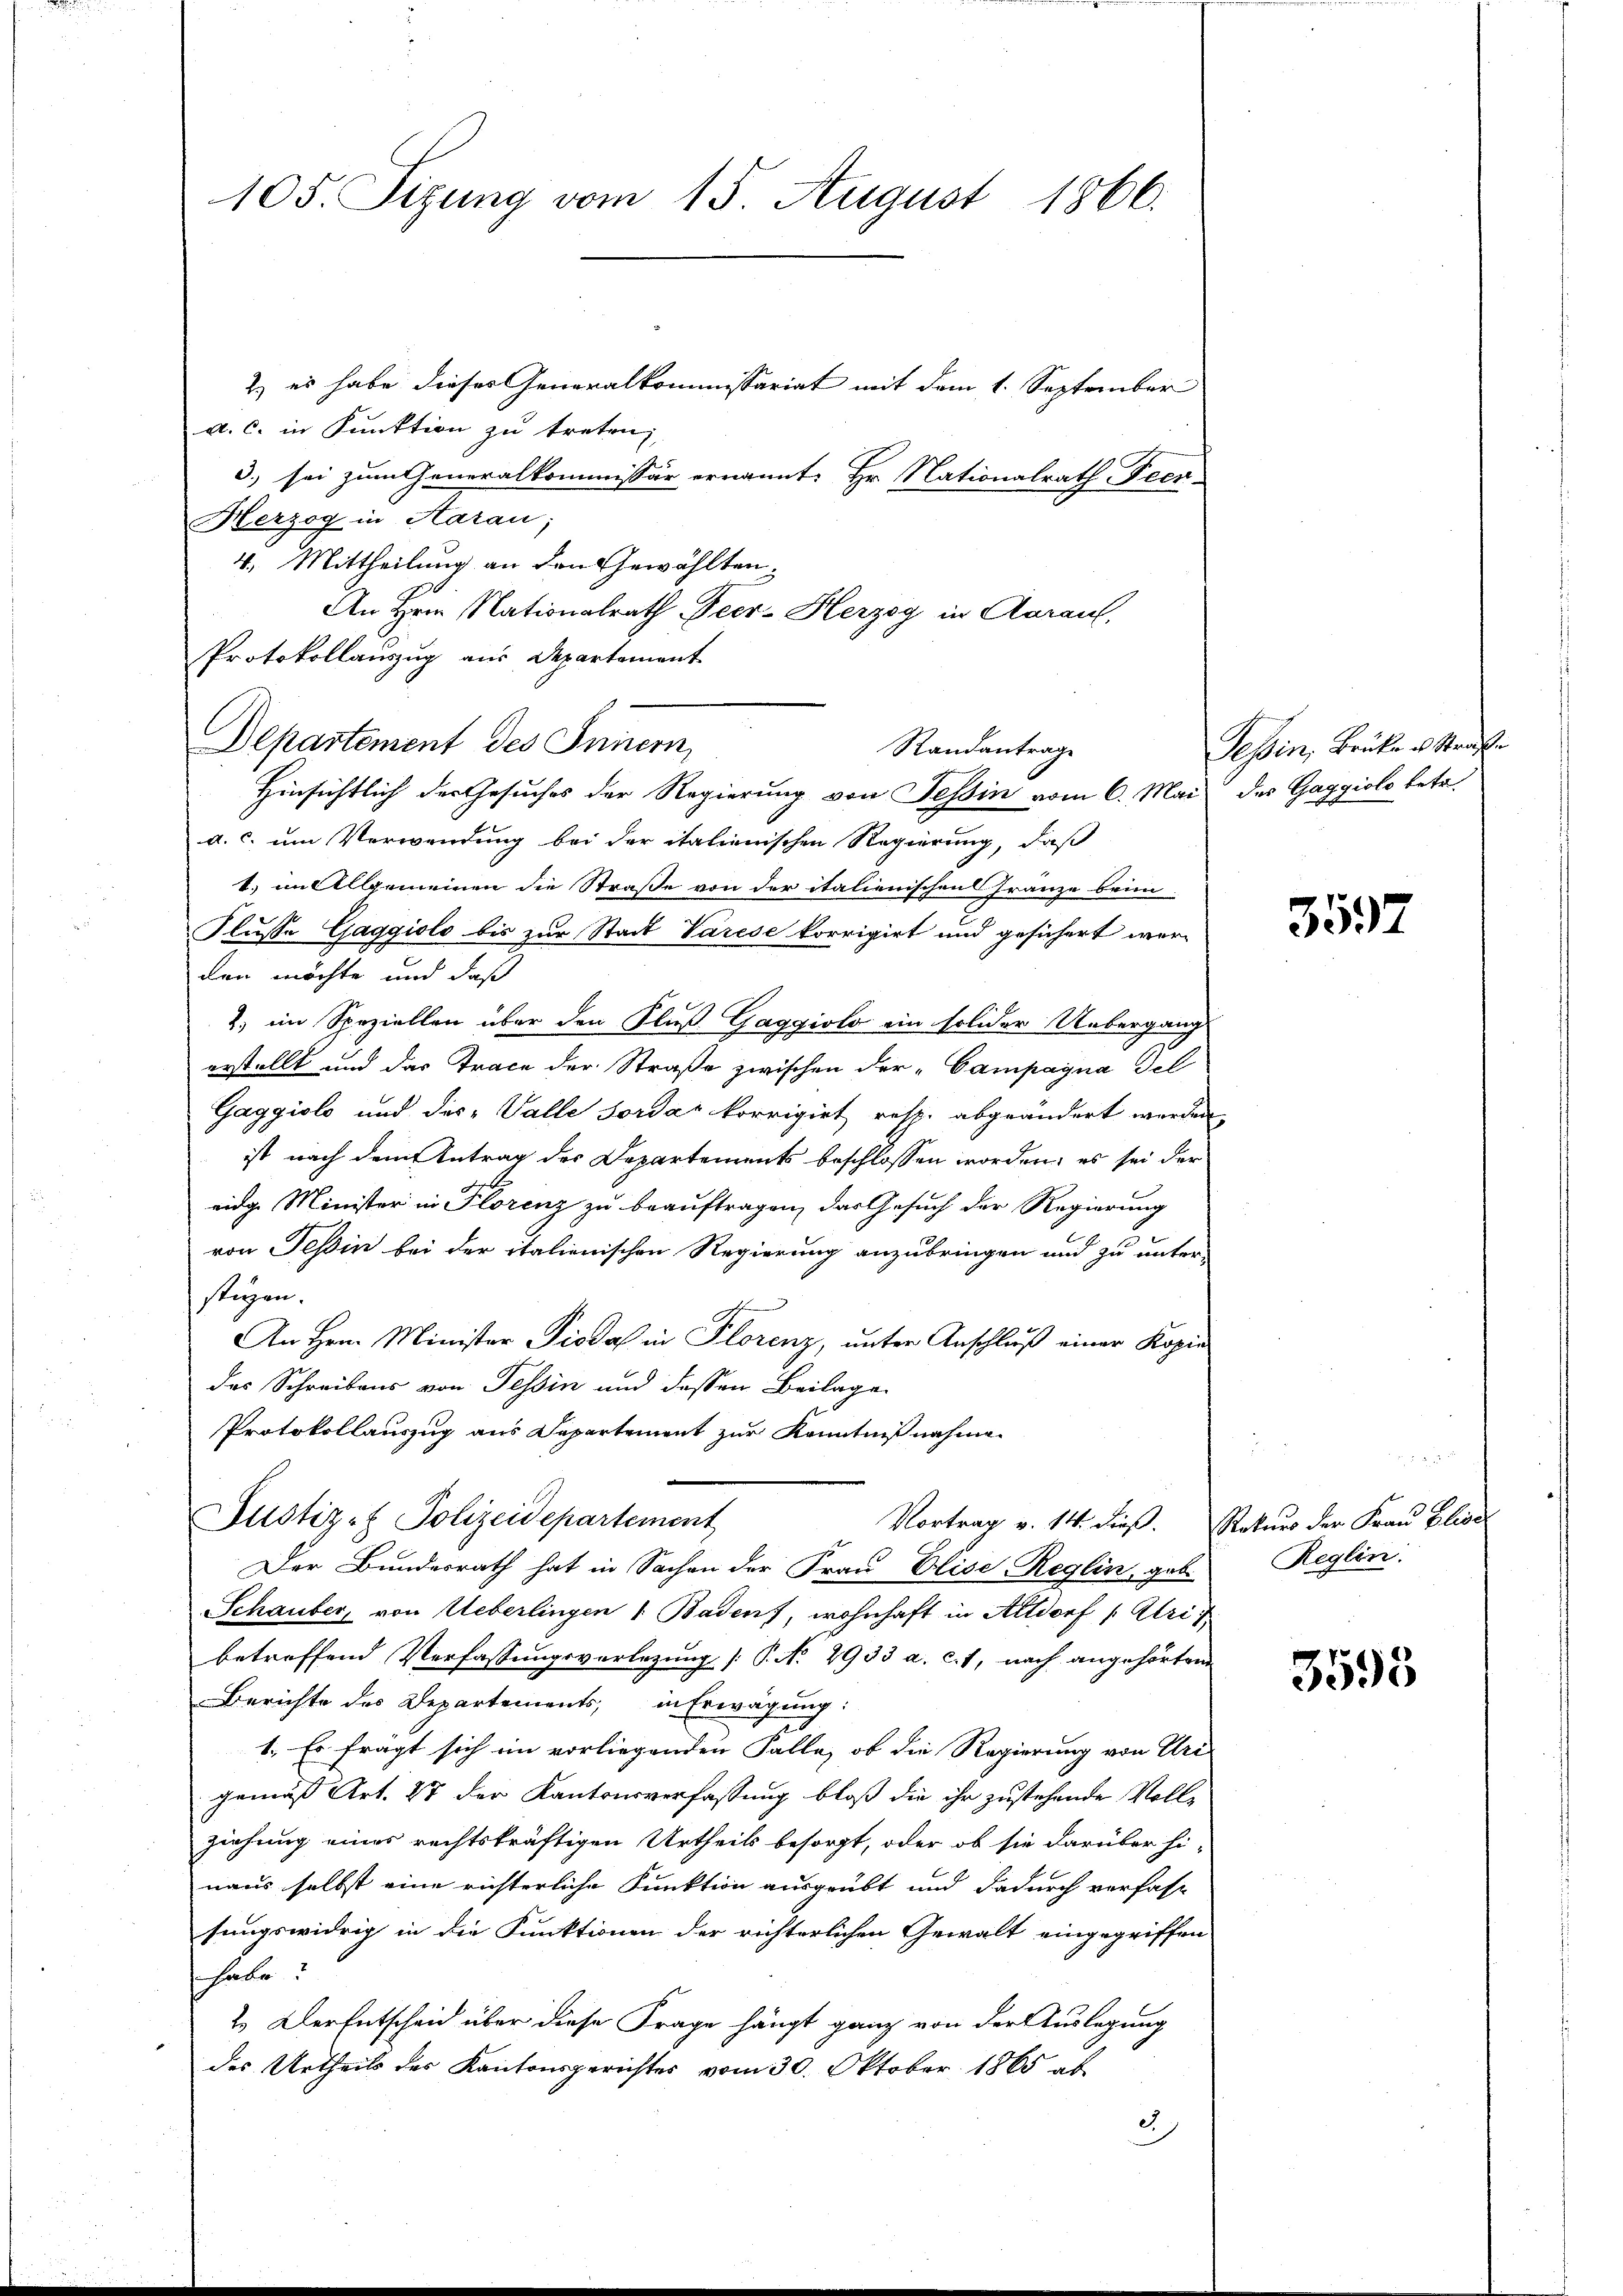
105. Sizung vom 15. August 1866.

2) es habe dieses Generalkommissariat mit dem 1. September
a. c. in Funktion zu treten,
3.) sei zum Generalkommissär ernannt: Hr. Nationalrath Feer-
Herzog in Aarau;
4. Mittheilung an den Gewählten.
An Herrn Nationalrath Peer- Herzog in Aarauf,
Protokollauszug aus Departement

Departement des Innern,
Randantrage
Hinsichtlich der Gesuches der Regierung von Tessin vom 6. Mai des Gaggiolo betr.

d. c. um Verwendung bei der italienischen Regierung, daß
1.) im Allgemeinen die Straße von der italienischen Franze beim
Flusse Gaggiolo bis zur Stadt Varese korrigirt und gesichert wer-
den möchte und daß
2. im Speziellen über den Fluß Gaggioli ein solider Uebergang
erstellt und das Trace der Straße zwischen Fer-Campagna Tel
Gaggiol und des Valle Fordar korrigirt resp. abgeändert werden
ist nach dem Antrag der Departements beschlossen worden, es sei der
ridge Minister in Florenz zu beauftragen, das Gesuch der Regierung
von Tessin bei der italienischen Regierung anzubringen und zu unter-
stüzen.
An Hrn. Minister Pioda in Florenz, unter Anschluß einer Kopie
das Schreibens von Tessin und deßen Beilage
Protokollauszug aus Departement zur Kenntnißnahme
Justiz- & Polizeidepartement
Vortrag v. 14. dieß. Rekurs der Frau Elise
Der Bundesrath hat in Sachen der Frau Elise Reglin, geb.
Schauber, von Ueberlingen 1 Badenz, wohnhaft in Altdorf (Uri)
betreffend Verfassungsverlegung [P. No. 2933 a. c., nach angehörten
Berichte des Departements, in Erwägung:
1. Es fragt sich im vorliegenden Falle, ob die Regierung von Uri
gemäß Art. 27 der Kantonsverfassung bloß die ihr zustehende Vollziehung eines rechtskräftigen Urtheils besorgt, oder ob sie darüber hi-
naus selbst eine richterliche Funktion ausgeübt und dadurch verfass
sungswidrig in die Funktionen der richterlichen Gewalt eingegriffen
shabe.
2.) Der Entscheid über diese Frage hängt ganz von der Auslegung
des Urtheils der Kantonsgerichtes vom 30. Oktober 1865 ab
3)

Tessin, Brüke u. Strafe

3597

Reglin.

3595